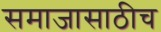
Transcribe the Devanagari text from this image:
समाजासाठीच